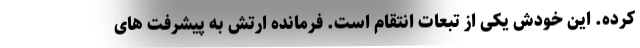
کرده. این خودش یکی از تبعات انتقام است. فرمانده ارتش به پیشرفت های